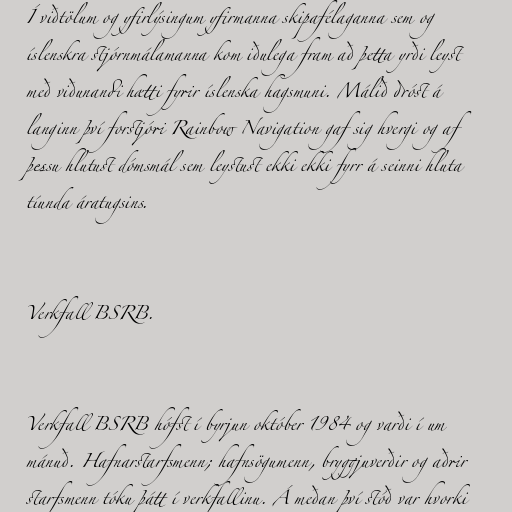
Í viðtölum og yfirlýsingum yfirmanna skipafélaganna sem og
íslenskra stjórnmálamanna kom iðulega fram að þetta yrði leyst
með viðunandi hætti fyrir íslenska hagsmuni. Málið dróst á
langinn því forstjóri Rainbow Navigation gaf sig hvergi og af
þessu hlutust dómsmál sem leystust ekki ekki fyrr á seinni hluta
tíunda áratugsins.

Verkfall BSRB.

Verkfall BSRB hófst í byrjun október 1984 og varði í um
mánuð. Hafnarstarfsmenn; hafnsögumenn, bryggjuverðir og aðrir
starfsmenn tóku þátt í verkfallinu. Á meðan því stóð var hvorki